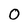
Character: 0